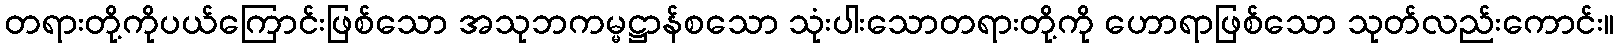
တရားတို့ကိုပယ်ကြောင်းဖြစ်သော အသုဘကမ္မဋ္ဌာန်စသော သုံးပါးသောတရားတို့ကို ဟောရာဖြစ်သော သုတ်လည်းကောင်း။